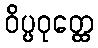
ဝိပ္ပဝုတ္ထေ